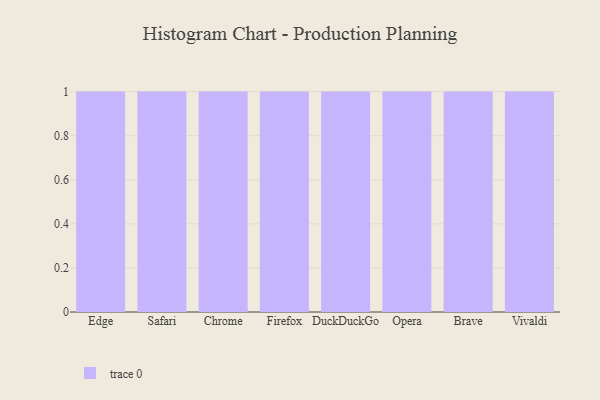
{"axis": {"x": "Browser", "y": "Customer Acquisition Cost (USD)"}, "legend": [""], "data": [{"x": "Edge", "y": 47, "type": ""}, {"x": "Safari", "y": 92, "type": ""}, {"x": "Chrome", "y": 22, "type": ""}, {"x": "Firefox", "y": 25, "type": ""}, {"x": "DuckDuckGo", "y": 82, "type": ""}, {"x": "Opera", "y": 93, "type": ""}, {"x": "Brave", "y": 39, "type": ""}, {"x": "Vivaldi", "y": 49, "type": ""}]}